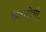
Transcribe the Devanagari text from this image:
निराशेची